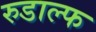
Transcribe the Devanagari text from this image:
रुडाल्फ